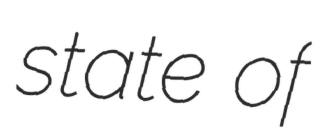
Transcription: state of